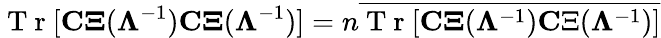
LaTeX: \mathrm{~T~r~}[\mathbf{C\Xi}({\mathbf\Lambda}^{-1})\mathbf{C\Xi}({\mathbf\Lambda}^{-1})]=n\overline{{\mathrm{~T~r~}[\mathbf{C\Xi}({\mathbf\Lambda}^{-1}){\mathbf C\Xi}({\mathbf\Lambda}^{-1})]}}